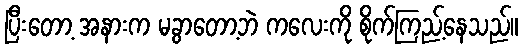
ပြီးတော့ အနားက မခွာတော့ဘဲ ကလေးကို စိုက်ကြည့်နေသည်။